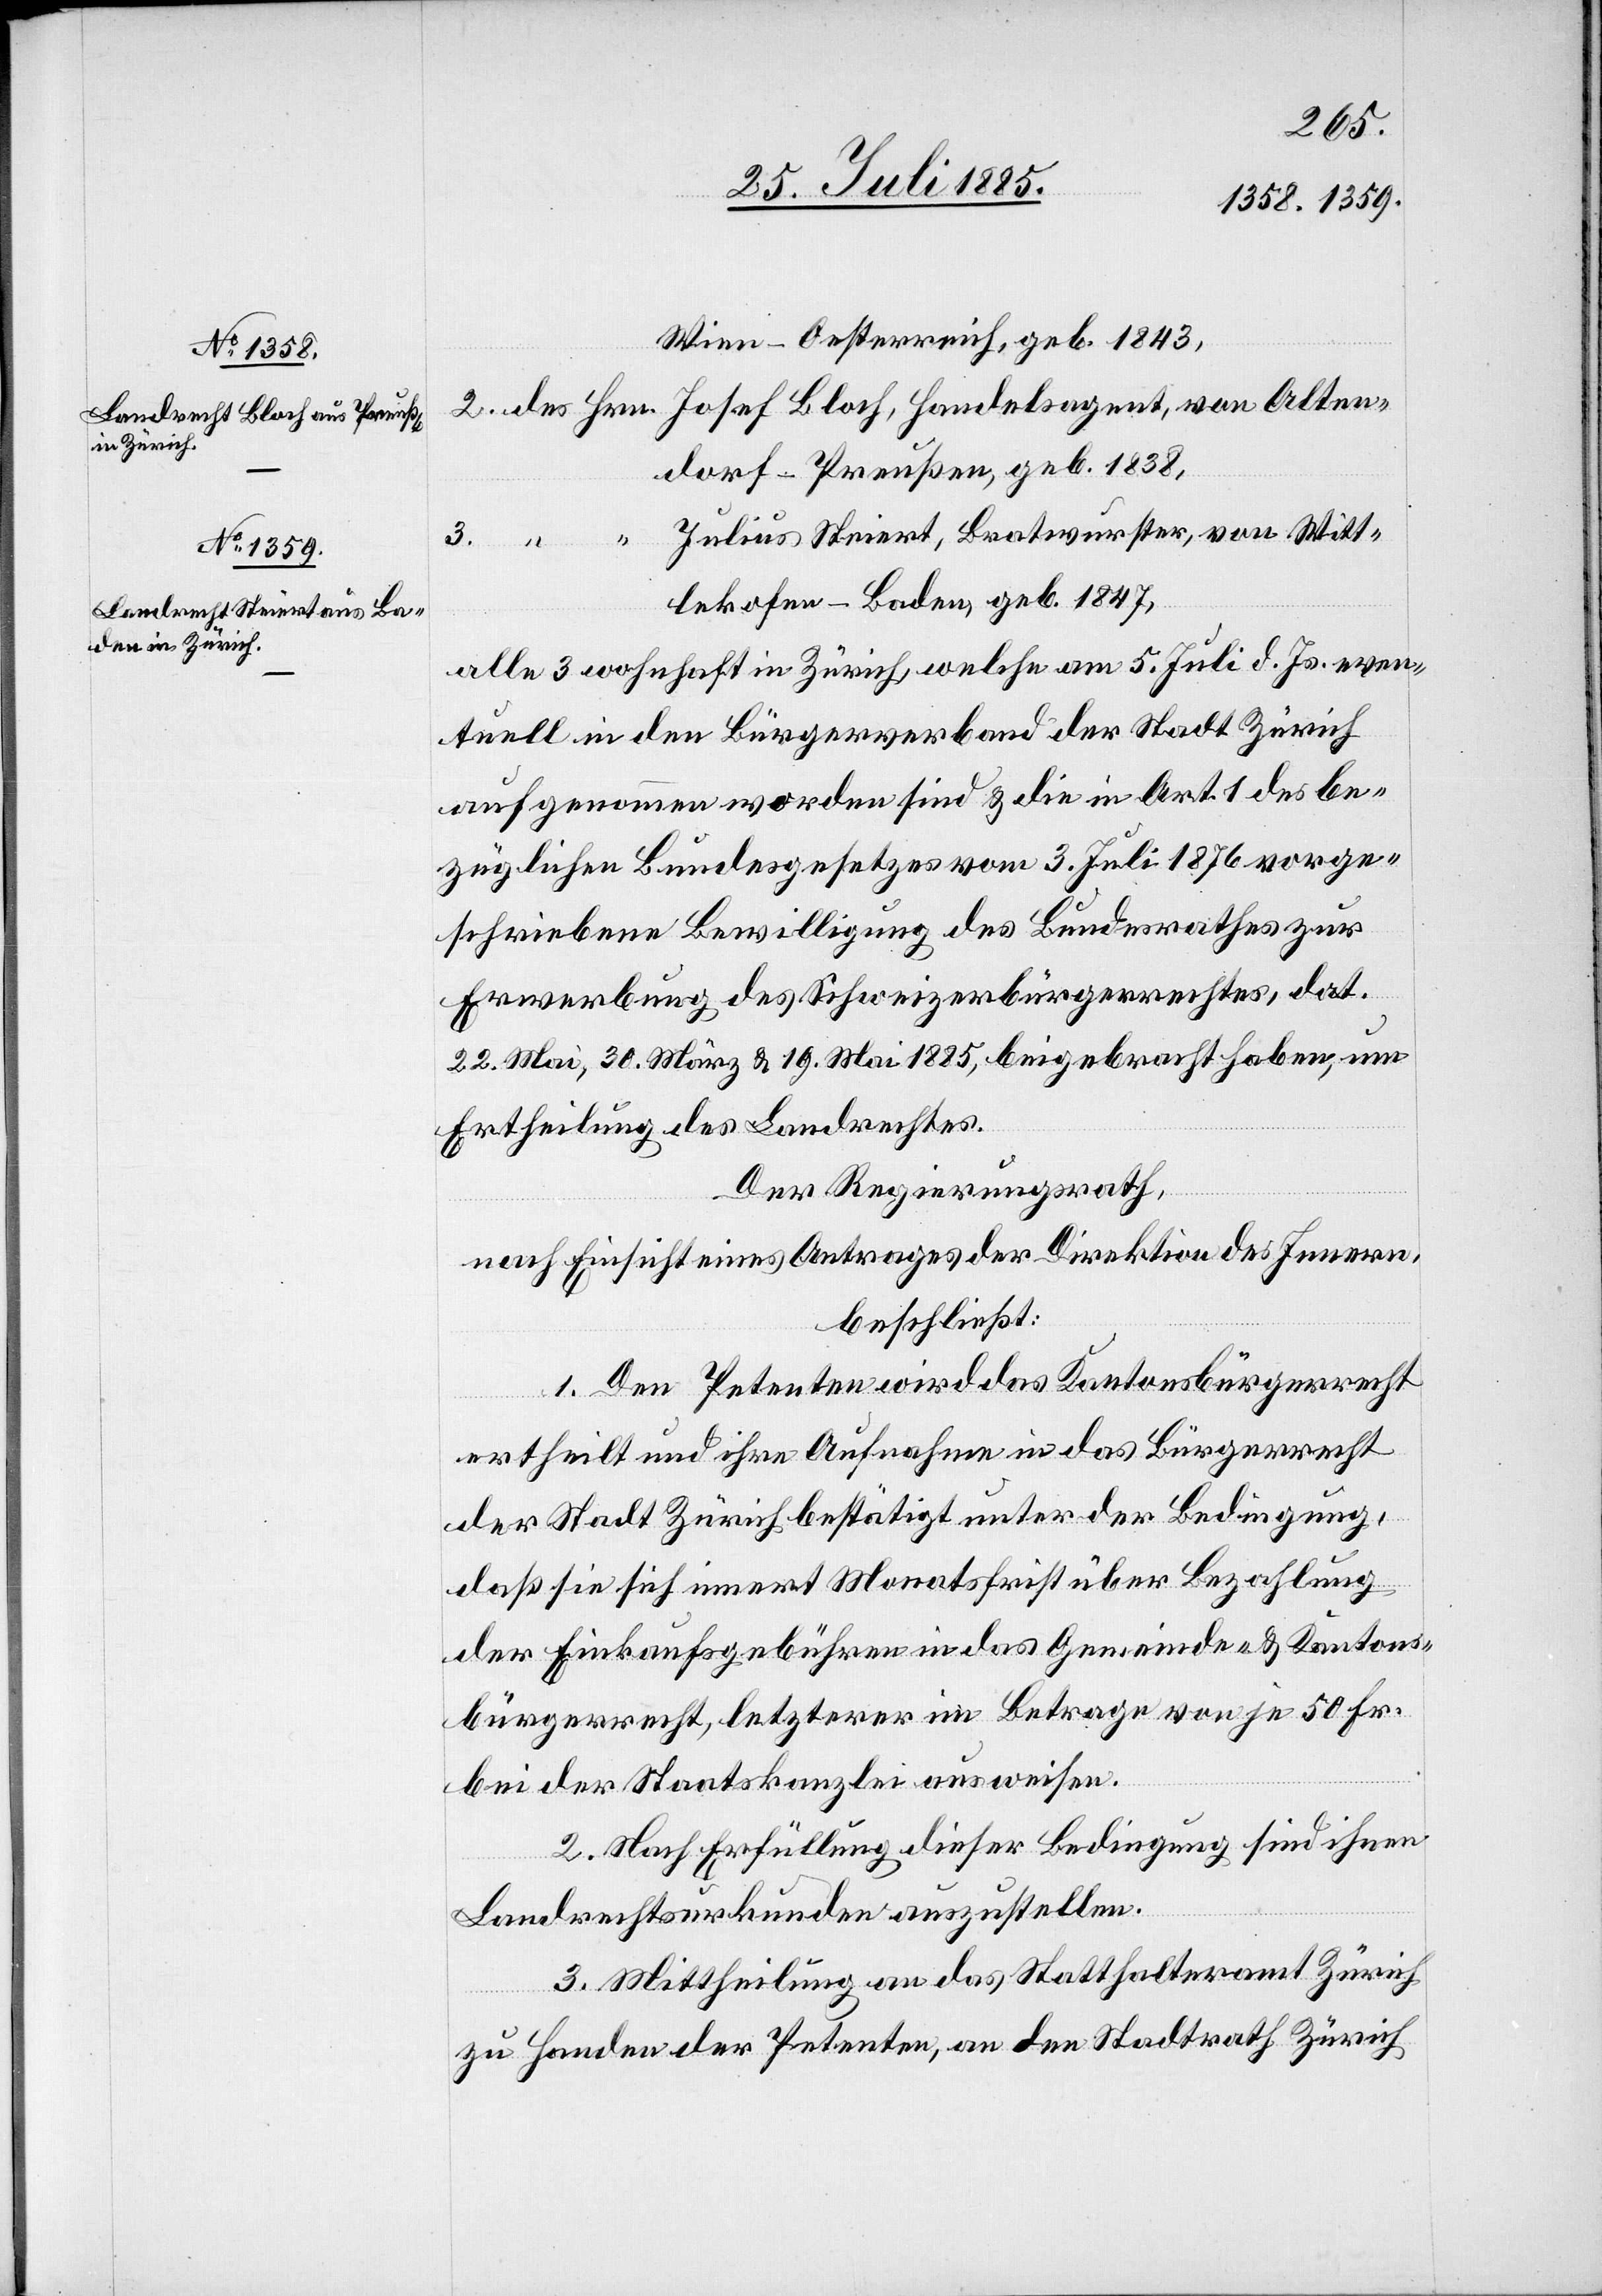
Wien - Oesterreich, geb. 1843,
dorf - Preußen, geb. 1838,
Julius Steiert, Bratwurster, von Witt¬
Alten¬
lekofen - Baden, geb. 1847,
alle 3 wohnhaft in Zürich, welche am 5. Juli d. Js. even¬
tuell in den Bürgerverband der Stadt Zürich
aufgenommen worden sind & die in Art. 1 des be¬
züglichen Bundesgesetzes vom 3. Juli 1876 vorge¬
schriebene Bewilligung des Bundesrathes zur
Erwerbung des Schweizerbürgerrechtes, dat.
22. Mai, 30. März & 19. Mai 1885, beigebracht haben, um
Ertheilung des Landrechtes.
Der Regierungsrath,
nach Einsicht eines Antrages der Direktion des Innern,
beschließt:
1. Den Petenten wird das Kantonsbürgerrecht
ertheilt und ihre Aufnahme in das Bürgerrecht
der Stadt Zürich bestätigt unter der Bedingung,
daß sie sich innert Monatsfrist über Bezahlung
der Einkaufsgebühren in das Gemeinde- & Kantons¬
bürgerrecht, letzterer im Betrage von je 50 Fr.
bei der Staatskanzlei ausweisen.
2. Nach Erfüllung dieser Bedingung sind ihnen
Landrechtsurkunden auszustellen.
3. Mittheilung an das Statthalteramt Zürich
3.
zu Handen der Petenten, an den Stadtrath Zürich